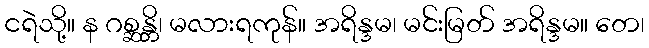
ငရဲသို့။ န ဂစ္ဆန္တိ၊ မလားရကုန်။ အရိန္ဒမ၊ မင်းမြတ် အရိန္ဒမ။ တေ၊